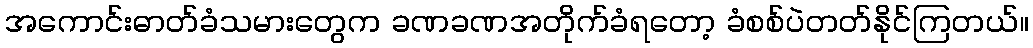
အကောင်းဓာတ်ခံသမားတွေက ခဏခဏအတိုက်ခံရတော့ ခံစစ်ပဲတတ်နိုင်ကြတယ်။